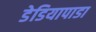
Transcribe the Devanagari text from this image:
डेडियापाडा